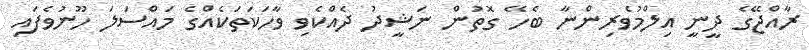
ރާއްޖޭގެ ދީނީ އިލްމުވެރިންނާ ބެހޭ ގޮތުން ނަޝީދު ދެއްކެވި ވާހަކަތަކެއްގެ މައްސަލަ ހޫނުވެފައި